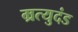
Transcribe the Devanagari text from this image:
म्रत्युदंड